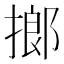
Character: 𢲲